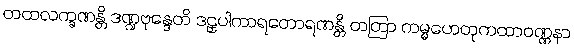
တထလက္ခဏန္တိ ဒဏ္ဍဗုန္ဒေတိ ဒဠှပါကာရတောရဏန္တိ တတြာ ကမ္မဟေတုကထာဝဏ္ဏနာ